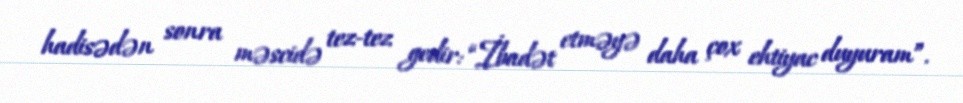
hadisədən sonra məscidə tez-tez gedir: “İbadət etməyə daha çox ehtiyac duyuram”.